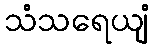
သံသရေယျံ